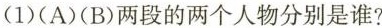
(1)(A)(B)两段的两个人物分别是谁?